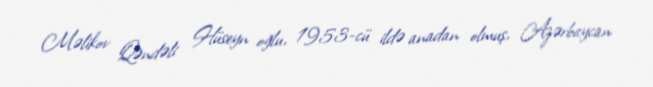
Məlikov Qəndəli Hüseyn oğlu, 1953-cü ildə anadan olmuş, Azərbaycan